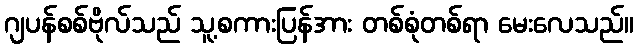
ဂျပန်စစ်ဗိုလ်သည် သူ့စကားပြန်အား တစ်စုံတစ်ရာ မေးလေသည်။